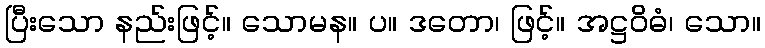
ပြီးသော နည်းဖြင့်။ သောမန။ ပ။ ဒတော၊ ဖြင့်။ အဋ္ဌဝိဓံ၊ သော။